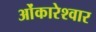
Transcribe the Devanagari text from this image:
ओंकारेश्वार